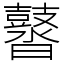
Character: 䶁